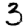
Digit: 3